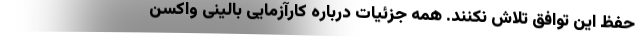
حفظ این توافق تلاش نکنند. همه‌ جزئیات درباره کارآزمایی بالینی واکسن